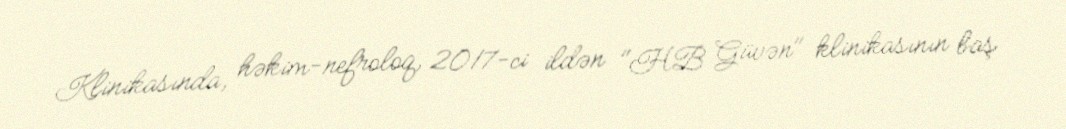
Klinikasında, həkim-nefroloq, 2017-ci ildən "HB Güvən" klinikasının baş